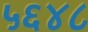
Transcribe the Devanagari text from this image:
५६४८